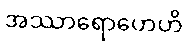
အဿာရောဟေဟိ